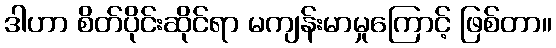
ဒါဟာ စိတ်ပိုင်းဆိုင်ရာ မကျန်းမာမှုကြောင့် ဖြစ်တာ။